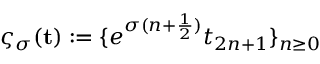
\varsigma _ { \sigma } ( { \bf t } ) : = \{ e ^ { \sigma ( n + \frac { 1 } { 2 } ) } t _ { 2 n + 1 } \} _ { n \geq 0 }